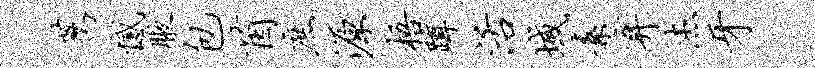
荐憾腋包茵庶源梧蹲活域素弃杰牙